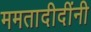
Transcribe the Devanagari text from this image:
ममतादीदींनी